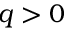
q > 0